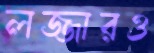
লজ্জারও